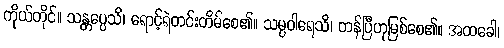
ကိုယ်တိုင်။ သန္တပ္ပေသိ၊ ရောင့်ရဲတင်းတိမ်စေ၏။ သမ္ပဝါရေသိ၊ တန်ပြီဟုမြစ်စေ၏။ အထခေါ၊